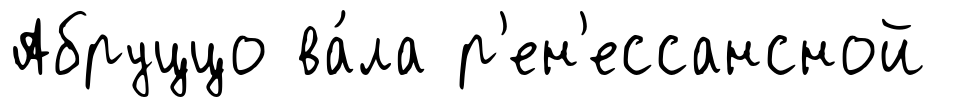
Абруццо ва́ла р'ен'ессансной